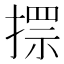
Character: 𢲗